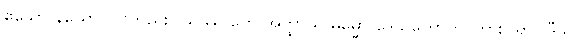
ဧသော နယော၊ ပင်တည်း။ ယဿ တေ အတ္ထာယ ဓမ္မော ဒေသိတောတိ၊ ကား။ ရာဂါဒီသု၊